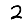
Digit: 2